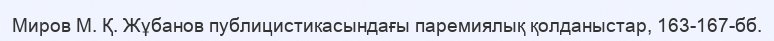
Миров М. Қ. Жұбанов публицистикасындағы паремиялық қолданыстар, 163-167-бб.